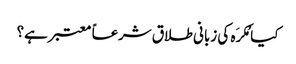
کیا مُکرَہ کی زبانی طلاق شرعاً معتبر ہے؟